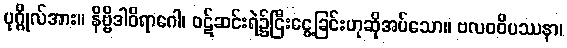
ပုဂ္ဂိုလ်အား။ နိဗ္ဗိဒါဝိရာဂေါ၊ ဝဋ်ဆင်းရဲ၌ငြီးငွေ့ခြင်းဟုဆိုအပ်သော။ ဗလဝဝိပဿနာ၊